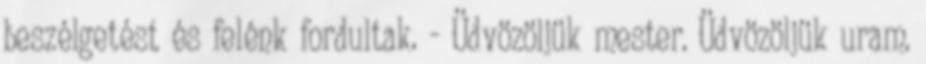
beszélgetést és felénk fordultak. - Üdvözöljük mester. Üdvözöljük uram.